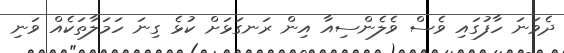
ދެވަނަ ހާފުގައި ވެސް ވެލެންސިއާ އިން ރަނގަޅަށް ކުޅެ ގިނަ ހަމަލާތަކެއް ވަނި